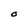
Character: O